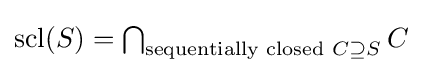
{\textstyle \operatorname {scl} (S)=\bigcap _{{\text{sequentially closed }}C\supseteq S}{C}}